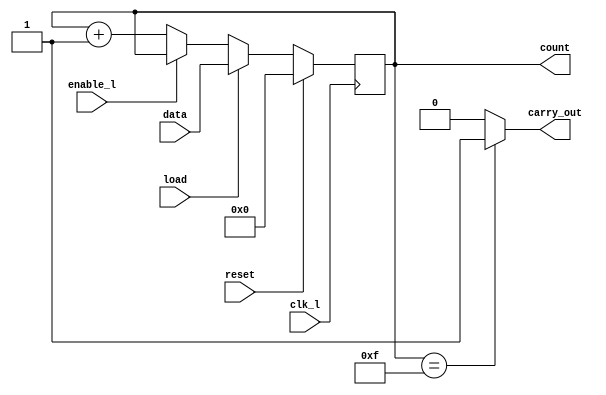
module ct4(output reg [3:0] count, output reg carry_out, input enable_l, clk_l, reset, load, input [3:0] data);

	always @(negedge clk_l)
		if (reset) count <= 0;
		else if (load) count <= data;
		else if (!enable_l) count <= count + 1;

	always @(count)
		if (count == 'b1111) carry_out <= 1;
		else carry_out <= 0;
endmodule